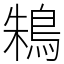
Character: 鴸